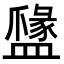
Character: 𥂼